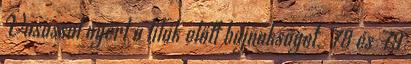
Vasassal nyert a lilák előtt bajnokságot. '78 és '79